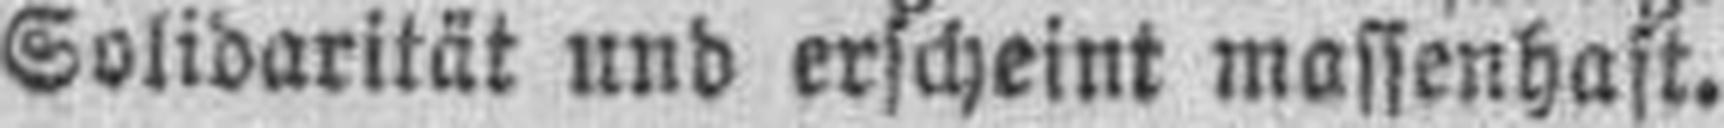
Solidarität und erscheint massenhaft.